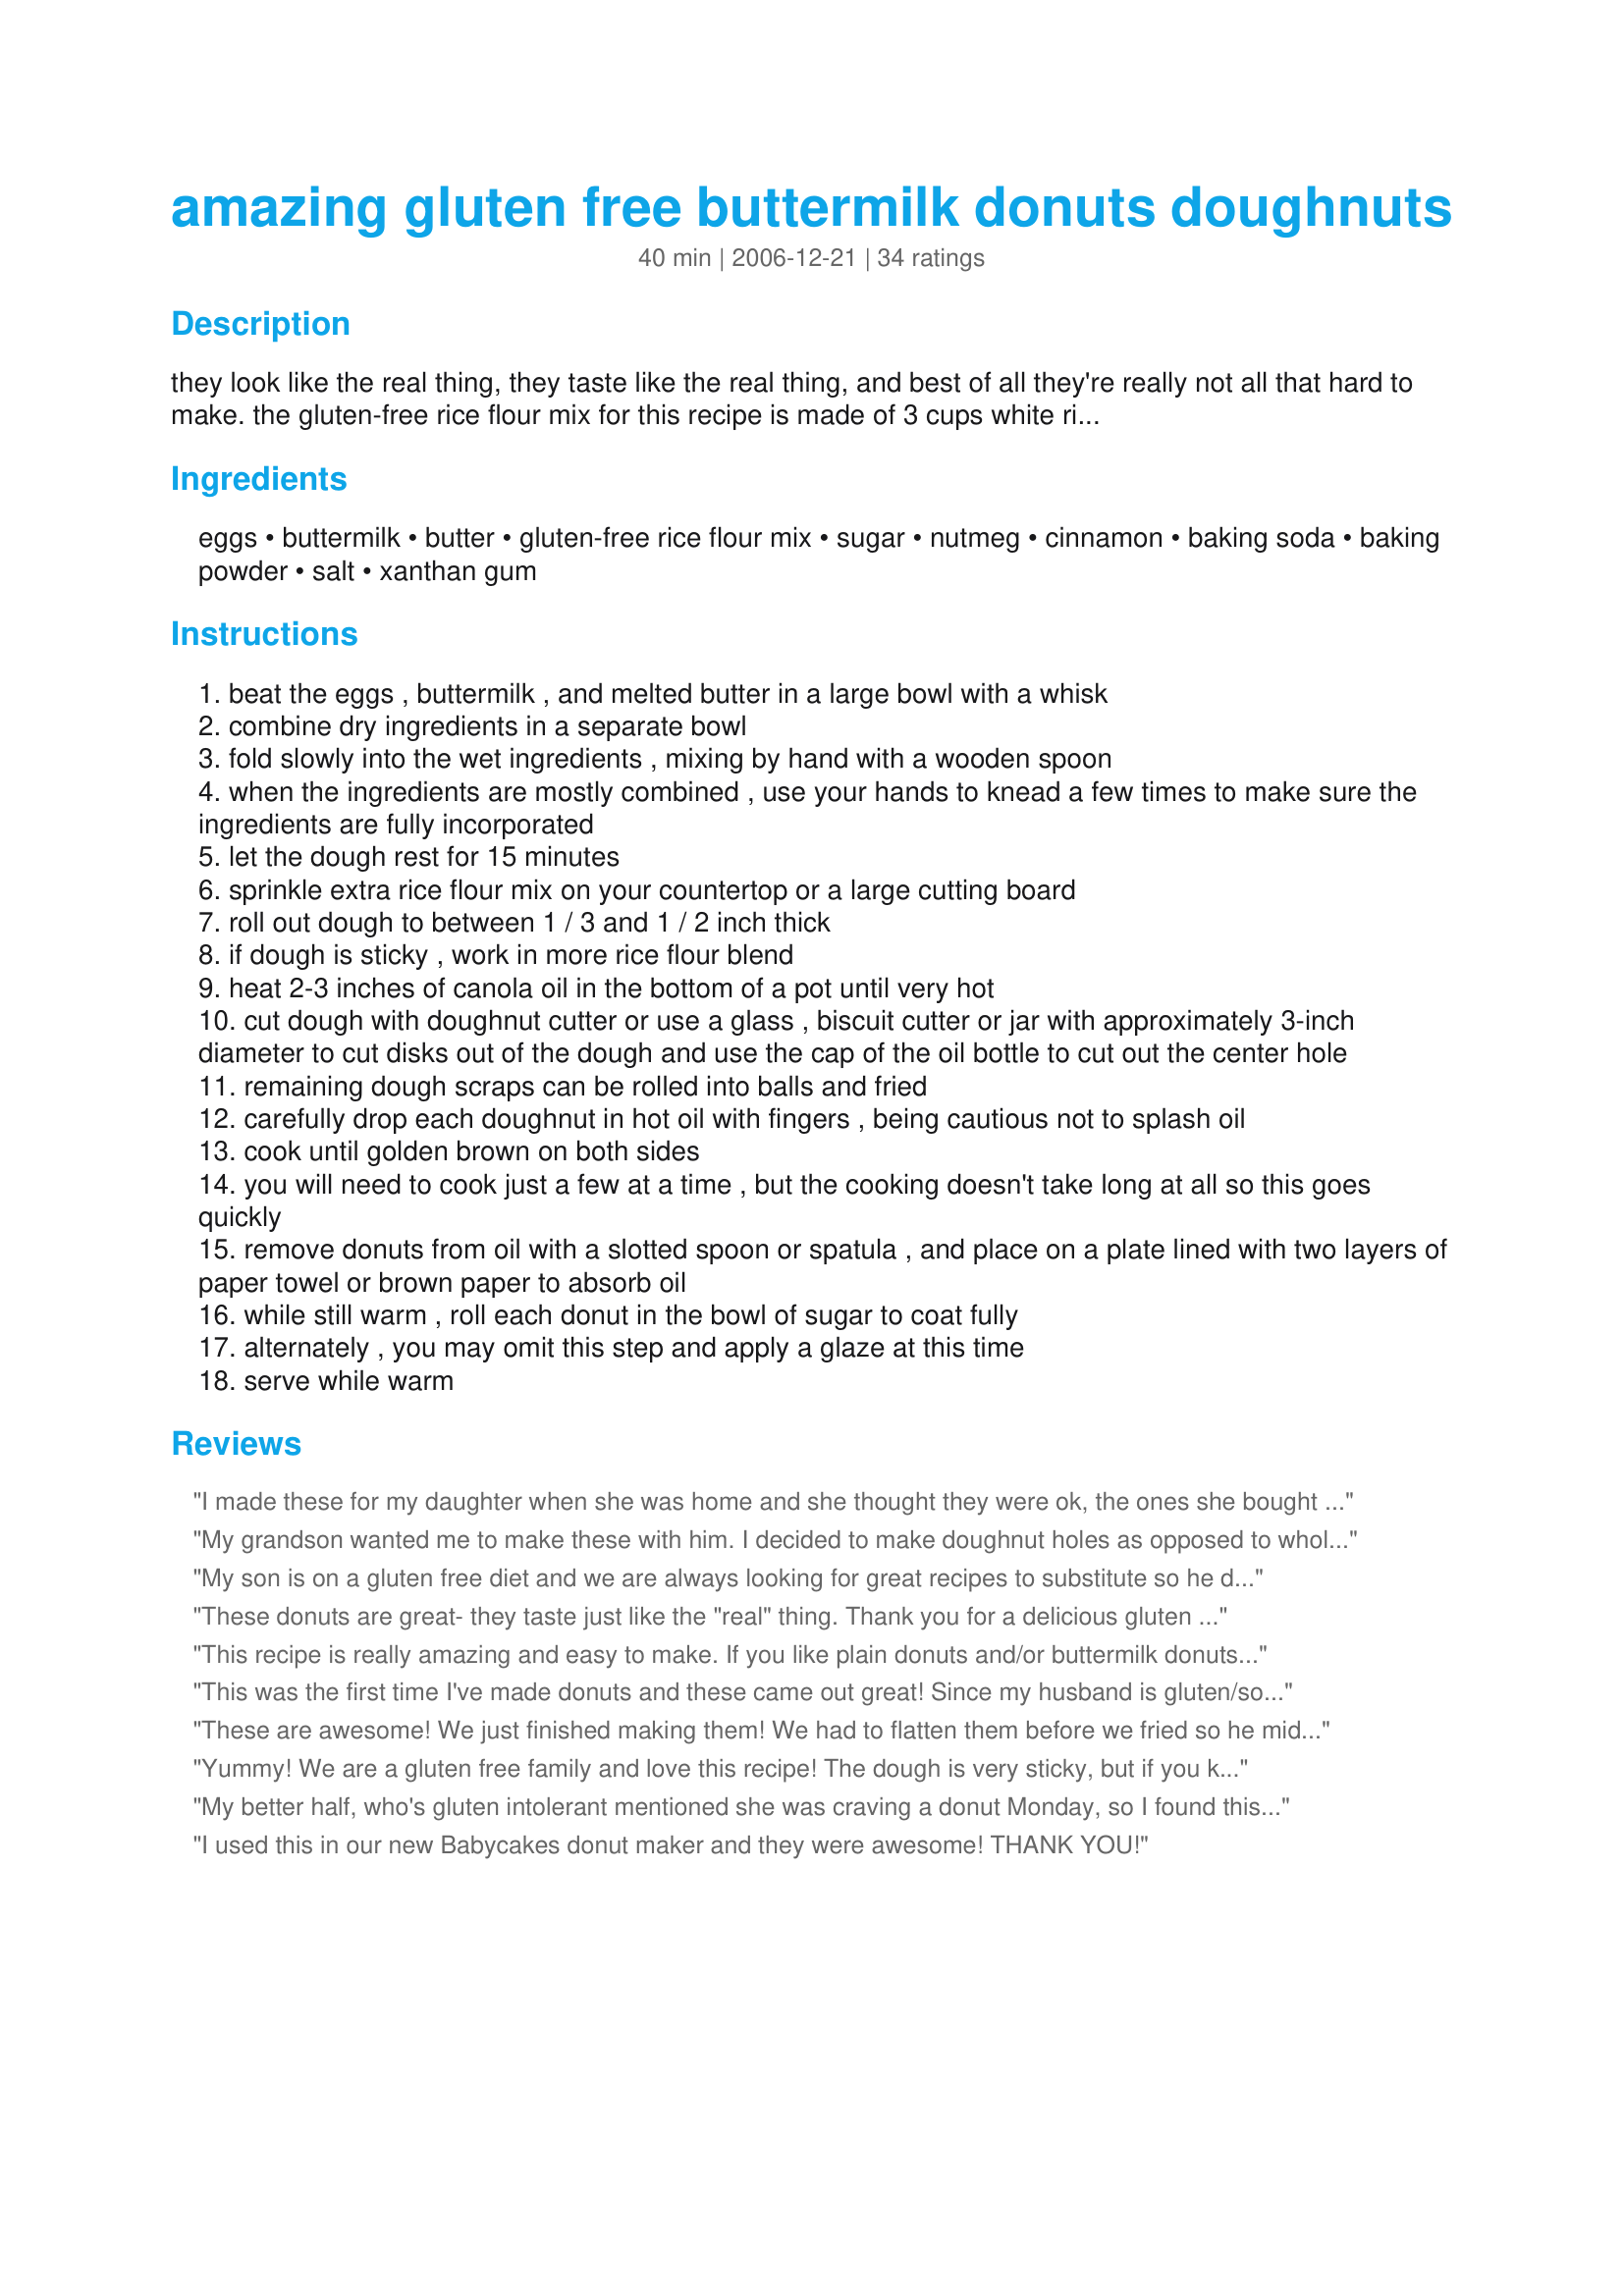
amazing gluten free buttermilk donuts doughnuts
Preparation time: 40 minutes

they look like the real thing, they taste like the real thing, and best of all they're really not all that hard to make.

the gluten-free rice flour mix for this recipe is made of 3 cups white rice flour, 3 cups brown rice flour, 2 cups potato starch (not flour) and 1 cup tapioca starch.

based on a recipe from the gf-utah site.

Ingredients:
eggs, buttermilk, butter, gluten-free rice flour mix, sugar, nutmeg, cinnamon, baking soda, baking powder, salt, xanthan gum

Steps:
beat the eggs , buttermilk , and melted butter in a large bowl with a whisk
combine dry ingredients in a separate bowl
fold slowly into the wet ingredients , mixing by hand with a wooden spoon
when the ingredients are mostly combined , use your hands to knead a few times to make sure the ingredients are fully incorporated
let the dough rest for 15 minutes
sprinkle extra rice flour mix on your countertop or a large cutting board
roll out dough to between 1 / 3 and 1 / 2 inch thick
if dough is sticky , work in more rice flour blend
heat 2-3 inches of canola oil in the bottom of a pot until very hot
cut dough with doughnut cutter or use a glass , biscuit cutter or jar with approximately 3-inch diameter to cut disks out of the dough and use the cap of the oil bottle to cut out the center hole
remaining dough scraps can be rolled into balls and fried
carefully drop each doughnut in hot oil with fingers , being cautious not to splash oil
cook until golden brown on both sides
you will need to cook just a few at a time , but the cooking doesn't take long at all so this goes quickly
remove donuts from oil with a slotted spoon or spatula , and place on a plate lined with two layers of paper towel or brown paper to absorb oil
while still warm , roll each donut in the bowl of sugar to coat fully
alternately , you may omit this step and apply a glaze at this time
serve while warm

Reviews:
I made these for my daughter when she was home and she thought they were ok, the ones she bought tasted a little better. She really wanted glazed so I did a few that way and sent home with her frozen. AFter she had the frozen ones she said these tasted just as good. Not the great raised ones she likes but at least it's a start.
My grandson wanted me to make these with him. I decided to make doughnut holes as opposed to whole doughnuts as they are for kids. I find that kids rarely eat a whole cupcake etc. so I make minis. We got over 150 doughnut holes and they taste great. Just used a teaspoon full of dough. Much easier than rolling it out. Perfect for my use. My husband loves them and is not gf. He loves his wheat and could not tell the difference
My son is on a gluten free diet and we are always looking for great recipes to substitute so he does not feel left out. As my son said, These are GREAT! I made them 3 different ways, cinnamon/sugar, powdered sugar, and chocolate glaze on top. My son had the chocolate glaze and powdered sugar. He said that they taste like the original ... Great warm.. Thank you so much for posting this .
These donuts are great- they taste just like the "real" thing. Thank you for a delicious gluten free donuts recipe!
This recipe is really amazing and easy to make. If you like plain donuts and/or buttermilk donuts, you're in for a treat. I've uploaded a picture of the ones we made. I've posted a more complete review of them with more pictures and some notes on my website, Gluten Free Portland Oregon
This was the first time I've made donuts and these came out great! Since my husband is gluten/soy/dairy free I used rice milk w/a tsp of vinegar. Dough texture was perfect but since I chose a chocolate glaze, next time will leave out the nutmeg and cinnamon in favor of vanilla extract.
These are awesome! We just finished making them! We had to flatten them before we fried so he middle would cook, and we also kept the oil a bit lower.. around 300, but they turned out great!
Yummy! We are a gluten free family and love this recipe! The dough is very sticky, but if you keep adding the flour mixture to small parts of dough it can be rolled/patted to use the doughnut punch. If I don't have left over flour I just use Sweet Rice flour or any all purpose gluten free flour. I put my doughnut on my spoon and gently place into oil to keep the circle shape together.<br/>Thank you for a great recipe.
My better half, who's gluten intolerant mentioned she was craving a donut Monday, so I found this recipe, and made a batch last night... I used Bob's Red Mill brown rice flour, and Xanthan Gum, and they turned out fantastic.<br/><br/>Thanks for posting this recipe, I've shared it on my Facebook page for my GF sister in law.
I used this in our new Babycakes donut maker and they were awesome! THANK YOU!
I made these for my mom as a mother's day present. Since she found out she had celiac disease, she's been craving doughnuts. They were very well received by everyone. The only discrepancy I found between the recipe and the actual making of the doughnuts, was that I had to add about 2 extra cups of flour mix to get the dough to a stiff enough consistency to actually be able to work with it. Also, i used a shot glass to punch out the holes. For the toppings, I thought I would post how to make glazes in case people don't want to go searching the internet. Creamy vanilla glaze: 1/4 cup butter, 2 cups powdered sugar, 1 tbsp vanilla, 4-6 tbsp hot water. Melt butter, add sugar and vanilla. Add water a tbsp at a time until you reach desired consistency. Chocolate glaze: 1/4 cup butter, 4 oz milk chocolate, 2 cups powdered sugar, 1 tbsp vanilla, 4-6 tbsp hot water. Melt butter and chocolate over low heat, add vanilla and sugar. Add water a tbsp at a time until consistent. Other toppings, roll warm doughnuts in powdered or granule sugar. For filling, fill icing pipe (using long thin head) with jelly or custard, insert and squeeze 1/2 to 1 tbsp inside warm doughnut.
I think the amount of buttermilk used, since the butter is melted, needs to be reduced to 1 1/2 cups. Also the baking powder could be increased to 2 tsp and the salt reduced to 1 tsp. You might try not melting the butter, but bringing it to room temperature and then cutting it into the flour/dry ingredient mixture, then add the wet ingredients and mix. The dough should stay firmer without becoming too dry. They do have a good flavor.
What most amazed me about this recipe is that the dough never firmed up. I kept adding flour mix and finally had to resort to shaping the donuts by hand, like bagels, because cutting was just not possible. The taste was kinda nice while they were still warm, but they became really dry (I suspect because of all the extra rice flour) when cooled.
This is honestly THE BEST gluten free doughnut recipe I have ever tried. It was easy to make and does not require a lot of ingredients. The taste is FANTASTIC! They are a little dense (I thought they would be a little fluffier) but they are delicious! I would recommend ANY gluten free or not gluten free person to try this recipe! My only suggestion is that you will have to add more of the flour mix that in states, I used about an extra cup and a half. Happy baking and happy eating :)
I thought this recipe worked out perfectly. To those who had trouble with the dough I wonder if you used the GF flour mix suggested or your own. That would make a big difference since different flours react very differently.<br/><br/>I think I would add more vanilla or other flavoring next time, but I thought this were great.
yay! I missed old fashioned doughnuts! Thanks so much for the recipe!!
Made these for my daughter and granddaughter. Huge hit. I am not celiac and I tried them, MMMM-good is all I can say. Definitely will make these again.
Excellent recipe, they really taste like donuts in every way. Thanks.
These were super yummy! I used 1/2 & 1/2 instead of buttermilk. (Yeah, I know. Not the same, but it's what I had in the house on this Sunday morning!) They were perfect! I also did 3 coatings: powdered sugar (I ground up some reg. sugar in the blender), cinnamon sugar, and maple glaze! We all agreed that the maple glazed ones were best. (In fact, we kept dipping the others in the glaze drippings on the plate!) To make the glaze I just mixed real organic maple syrup with powdered sugar (sugar blender) and a splash of water (to thin it). Great recipe that I'll definitely make again!
This recipe is perfect. Make sure you read the note that the author wrote. The gluten free mix is -NOT- WHAT YOU BUY PREMADE AT THE STORE! You have to put it together yourself! That wet consistency that some reviewers describe is completely incorrect because the wrong type of flour blend is being used. In case you didn&#039;t read the author&#039;s note and came straight to the comments, you mix up 3c White Rice Flour, 3c Brown Rice Flour, 2c of Potato Starch (not flour) and 1c of Tapioca Flour. There is your flour blend. Enjoy this recipe, it&#039;s wonderful. My friend with celiac&#039;s loves it when I make this for her.
Thank you so much for this recipe!! These were wonderful. It has been at least 4 years since my fiance has had a donut. He ate three!!! I made a double batch and invited the neighbors over for cider and doughnuts. There are next to none left!<br/>I recomend makeing these is several small batches rather than one large batch. The more you have to re-roll the dough, the tougher the donuts get. Will definately making these again!
Dough was very soft when mixed according to recipe, but just dropped tablespoonfuls into hot oil and made doughnut holes. Shook in a bag with cinnamon and sugar after they were cooked, and they were very tasty! Took them to work to share with GF and non-GF coworkers - everyone loved them!
These were OK. I couldn't get nearly all of the 5 cups of flour (and I made the recommended blend) into the dough. It was very, very thick. The donuts never puffed up either. They weren't as bad as other recipes I've tried, but I continue to wonder if celiacs just eventually forget what real food tastes like.
Good, I mean how can you go wrong with sweetened, deep-fried buscuit dough (which is really what this is)? Plus, gluten free and pretty easy to make. Tasty, but not like the donut I was craving. Glad I only made 1/2 a batch, which still made a whole platefull. I also made only 1/3 of the flour blend recipe, which was just about perfect for 1/2 batch of donuts. Using the flour mixture at the top of the recipe, I had no problems rolling & cutting these out.
This recipe got me a prize at the royal show. I used store bought plain gluten free flour and it worked really well. I only added half cup extra gf flour to keep it together. Perfect when eaten on the day but still tasty the day after. I made a few varieties, Nutella filled etc. my gf friends enjoyed them.
Excellent! I used rice milk in place of buttermilk and maple sugar in place of regular sugar. The maple sugar needs to be fine to stick well to the donuts, you can throw maple sugar in the blender or food processor for a few seconds to get it finer. We also added some cinnamon to the sugar that went on top of the donuts. Wonderful donuts, will definitely make again and again and again!
These were amazing! I used Alton Brown's Chocolate Donut Glaze on some and cinnamon and sugar on the others -- YUM! They looked and tasted so good that my Dad thought I had bought them! By the way -- I used 1 2/3 cups white rice flour, 1 2/3 cups brown rice flour, 1 cup corn starch and 2/3 cups tapioca starch for the flour mixture. Perfect!
Finally, the first &quot;Gluten Free&quot; doughnut recipe that tastes normal ! &lt;br/&gt;Loved these much better than the yeast doughnuts. Easy simple recipe. Finally! The first glutten free doughnut recipe that taste like normal! &lt;br/&gt;The key is to make boat loads of the &quot;Gluten free flour mixture&quot; and use for other recipes. &lt;br/&gt;&lt;br/&gt;I have tried multiple &quot;GF flour&quot; mixtures from different brands and they taste yuck. My poor son has had to eat them and he does with no problem but I cannot stomach them. &lt;br/&gt;&lt;br/&gt;No more making 2 separate recipes! Yeah, these are tasty for all in our family!&lt;br/&gt;&lt;br/&gt;I did not have to add extra flour to get the consistancy right. By the time you lay it out on flour to cut out, its fine. I used a doughnut cutter. &lt;br/&gt;&lt;br/&gt;Thankyou for sharing this fantastic recipe with us.
As someone with celiacs, I have missed donuts!

I halved the recipe, but followed it exactly. These were delicious, easy cake donuts! We covered them in the cinnamon and powdered sugar like donuts and I was in heaven.

The dough IS soft. It SHOULD be soft to be moist. To shape donuts place dough in zip lock baggy, cut a small piece of the corner off and &quot;pipe&quot; the dough into a circle. PERFECT donuts!

Thank you for the recipe!
These were delicious! I made them last night and out of the fryer, they were crispy and yummy! This morning, they are still very good. Dense but similar to a store bought cake donut. I used the Betty Crocker All Purpose GF flour which is very similar blend to the recommended blend and they turned out great. Other than that, I followed the recipe and my dough was easy to work with. I was able to roll it out w/o adding flour and cut it with a cookie cutter. I will make these again!
all in all a very nice donut. i'm not exactly sure how people roll them out to get the donut shape, but i was more than happy making them into donut holes. day one they tasted great. day two a little chewy and day three i turned them into bread pudding. i personally think i used a little too much rice flour when attempting to roll the dough out, but i'll skip that step next time and stick with the donut holes. by the way, it made some pretty nice bread pudding.
My GF daughter absolutely loved these donuts. The best part is that my non-GF kids loved them just as much. The recipe makes a lot so we froze a bunch (without toppings) which I then reheated and covered with powdered sugar whenever she wanted one for breakfast. They reminded me of the home-made donuts my mom used to make when I was a kid. Thanks so much for the recipe!
I made this recipe as a Christmas gift for my mother and brother, both of whom are allergic to wheat. They were fabulous, and easy to make (a little messy, though, but very worth it). Mom and bro aren't big fans of the sugar crystal coating on donuts, so I made up a maple topping, which was poured on after cooling (2 TBSP milk + 1 cup powdered sugar + 2 TBSP maple syrup). Tasted just like store bought cake donuts!
We made these while camping and used pamela's baking & pancake mix for the flour mix. They were awesome!!! They were even better the next day - they seemed to tighten upmambit more after 24hrs.
